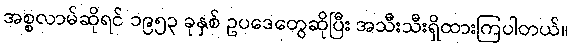
အစ္စလာမ်ဆိုရင် ၁၉၅၃ ခုနှစ် ဥပဒေတွေဆိုပြီး အသီးသီးရှိထားကြပါတယ်။